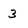
Character: 3